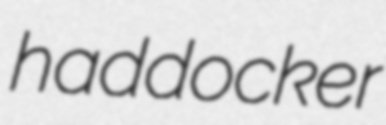
haddocker